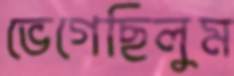
ভেগেছিলুম